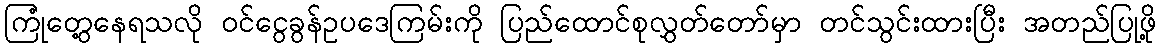
ကြုံတွေ့နေရသလို ဝင်ငွေခွန်ဥပဒေကြမ်းကို ပြည်ထောင်စုလွှတ်တော်မှာ တင်သွင်းထားပြီး အတည်ပြုဖို့